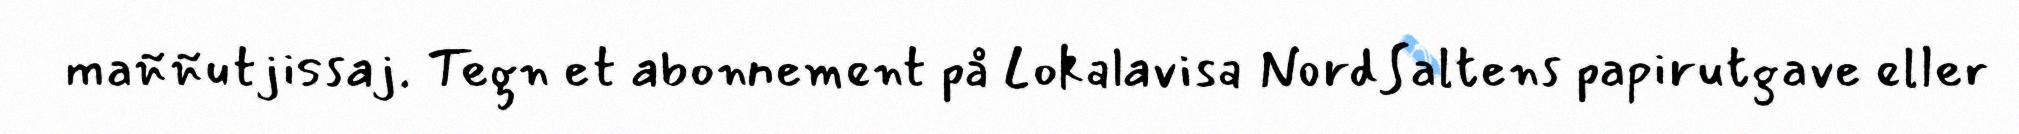
maññutjissaj. Tegn et abonnement på Lokalavisa NordSaltens papirutgave eller